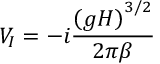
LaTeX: V _ { I } = - i \frac { \left( g H \right) ^ { 3 / 2 } } { 2 \pi \beta }